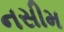
નસીમ